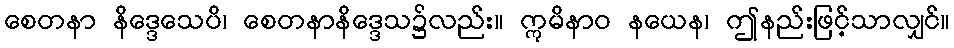
စေတနာ နိဒ္ဒေသေပိ၊ စေတနာနိဒ္ဒေသ၌လည်း။ ဣမိနာဝ နယေန၊ ဤနည်းဖြင့်သာလျှင်။